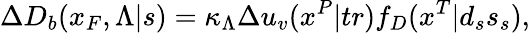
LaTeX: \Delta D_{b}(x_{F},\Lambda|s)=\kappa_{\Lambda}\Delta u_{v}(x^{P}|tr)f_{D}(x^{T}|d_{s}s_{s}),